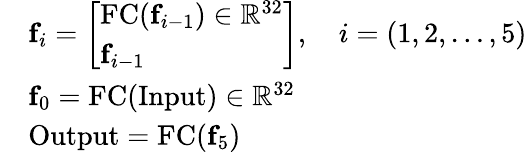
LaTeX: \begin{array}{rl}&{\mathbf{f}_{i}=\left[\begin{array}{l}{\textrm{FC}(\mathbf{f}_{i-1})\in\mathbb{R}^{32}}\\ {\mathbf{f}_{i-1}}\end{array}\right],\quad i=(1,2,\dots,5)}\\ &{\mathbf{f}_{0}=\textrm{FC}(\mathrm{Input})\in\mathbb{R}^{32}}\\ &{\mathrm{Output}=\textrm{FC}(\mathbf{f}_{5})}\end{array}